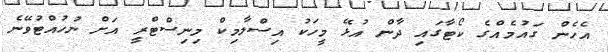
އެހެން ގައުމެއްގެ ކޯޓާގައި ދާން އުޅޭ މީހަކު އިސްލާމިކް މިނިސްޓްރީ އަށް ނުހުއްޓުވޭނެ